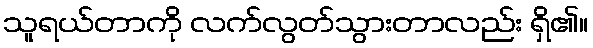
သူရယ်တာကို လက်လွတ်သွားတာလည်း ရှိ၏။